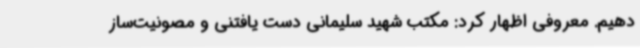
‌دهیم. معروفی اظهار کرد: مکتب شهید سلیمانی دست یافتنی و مصونیت‌ساز